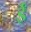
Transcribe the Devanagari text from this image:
ईँ